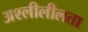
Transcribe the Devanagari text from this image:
अश्लीलीलता